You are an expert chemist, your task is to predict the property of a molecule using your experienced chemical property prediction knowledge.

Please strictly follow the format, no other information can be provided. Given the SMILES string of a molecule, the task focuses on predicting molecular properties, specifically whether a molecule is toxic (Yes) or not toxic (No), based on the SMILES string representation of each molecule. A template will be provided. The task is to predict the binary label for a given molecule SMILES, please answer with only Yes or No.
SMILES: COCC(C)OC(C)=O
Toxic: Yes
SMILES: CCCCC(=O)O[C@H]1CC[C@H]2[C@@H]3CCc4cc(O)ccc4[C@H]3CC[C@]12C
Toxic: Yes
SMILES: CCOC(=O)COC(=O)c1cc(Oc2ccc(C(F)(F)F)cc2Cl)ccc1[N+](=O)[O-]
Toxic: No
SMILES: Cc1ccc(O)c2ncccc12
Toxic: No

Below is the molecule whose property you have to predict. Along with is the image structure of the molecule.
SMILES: O=C([O-])CCl
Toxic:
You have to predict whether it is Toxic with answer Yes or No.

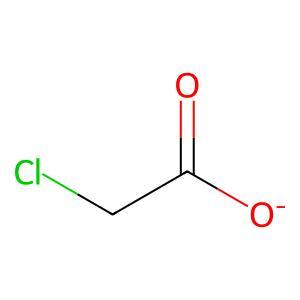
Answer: No